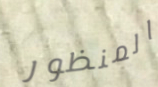
المنظور